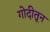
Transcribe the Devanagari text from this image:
गोदीतून